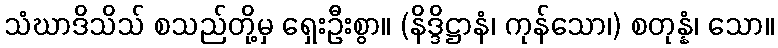
သံဃာဒိသိသ် စသည်တို့မှ ရှေးဦးစွာ။ (နိဒ္ဒိဋ္ဌာနံ၊ ကုန်သော၊) စတုန္နံ၊ သော။